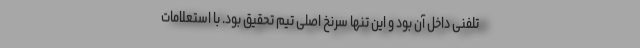
تلفنی داخل آن بود و این تنها سرنخ اصلی تیم تحقیق بود. با استعلامات